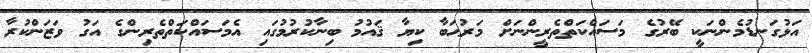
އަޅުގަނޑުމެންނަކީ ބޭރުގެ މަސައްކަތްތެރީންނަށް މަރުޙަބާ ކިޔާ ޤައުމު ބިނާކުރުމުގައި އެމަސައްކަތްތެރިންގެ އަގު ވަޒަންކުރާ